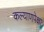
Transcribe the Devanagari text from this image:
कल्याणपेक्षा